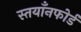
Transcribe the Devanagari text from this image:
स्तयाँनफोर्ड